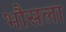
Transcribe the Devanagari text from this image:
भौसला